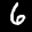
Label: 6